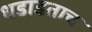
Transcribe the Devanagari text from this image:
धडाडताच